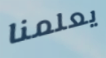
يعلمنا